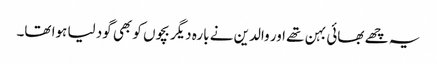
یہ چھے بھائی بہن تھے اور والدین نے بارہ دیگر بچوں کو بھی گود لیا ہوا تھا۔